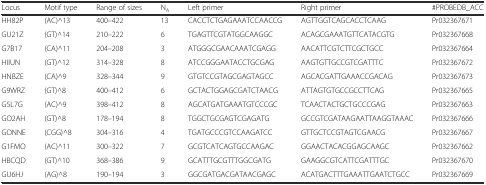
<table><thead><tr><td><b>Locus</b></td><td><b>Motif type</b></td><td><b>Range of sizes</b></td><td><b>N<sub>A</sub></b></td><td><b>Left primer</b></td><td><b>Right primer</b></td><td><b>#PROBEDB_ACC</b></td></tr></thead><tbody><tr><td>HH82P</td><td>(AC)^13</td><td>400–422</td><td>13</td><td>CACCTCTGAGAAATCCAACCG</td><td>AGTTGGTCAGCACCTCAAG</td><td>Pr032367671</td></tr><tr><td>GU21Z</td><td>(GT)^14</td><td>210–222</td><td>6</td><td>TGAGTTCGTATGGCAAGGC</td><td>ACAGCGAAATGTTCATACGTG</td><td>Pr032367668</td></tr><tr><td>G7B17</td><td>(CA)^11</td><td>204–208</td><td>3</td><td>ATGGGCGAACAAATCGAGG</td><td>AACATTCGTCTTCGCTGCC</td><td>Pr032367664</td></tr><tr><td>HIIUN</td><td>(GT)^12</td><td>314–328</td><td>8</td><td>ATCCGGGAATACCTGCGAG</td><td>AAGTGTTGCCGTCGATTTC</td><td>Pr032367672</td></tr><tr><td>HNBZE</td><td>(CA)^9</td><td>328–344</td><td>9</td><td>GTGTCCGTAGCGAGTAGCC</td><td>AGCACGATTGAAACCGACAG</td><td>Pr032367673</td></tr><tr><td>G9WRZ</td><td>(GT)^8</td><td>400–412</td><td>6</td><td>GCTACTGGAGCGATCTAACG</td><td>ATTAGTGTGCCGCCTTCAG</td><td>Pr032367665</td></tr><tr><td>G5L7G</td><td>(AC)^9</td><td>398–412</td><td>8</td><td>AGCATGATGAAATGTCCCGC</td><td>TCAACTACTGCTGCCCGAG</td><td>Pr032367663</td></tr><tr><td>GO2AH</td><td>(GT)^8</td><td>178–194</td><td>8</td><td>TGGCTGCGAGTCGAGATG</td><td>GCCGTCGATAAGAATTAAGGTAAAC</td><td>Pr032367666</td></tr><tr><td>GONNE</td><td>(CGG)^8</td><td>304–316</td><td>4</td><td>TGATGCCCGTCCAAGATCC</td><td>GTTGCTCCGTAGTCGAACG</td><td>Pr032367667</td></tr><tr><td>G1FMO</td><td>(AC)^11</td><td>300–322</td><td>7</td><td>GCGTCATCAGTGCCAAGAC</td><td>GGAACTACACGGAGCAAGC</td><td>Pr032367662</td></tr><tr><td>HBCQD</td><td>(GT)^10</td><td>368–386</td><td>9</td><td>GCATTTGCGTTTGGCGATG</td><td>GAAGGCGTCATTCGATTTGC</td><td>Pr032367670</td></tr><tr><td>GU6HJ</td><td>(AG)^8</td><td>190–194</td><td>3</td><td>GGCGATGACGATAACGAGC</td><td>ACATGACTTTGAAATTGAATCTGCC</td><td>Pr032367669</td></tr></tbody></table>